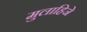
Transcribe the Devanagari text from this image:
मुलाहिजे